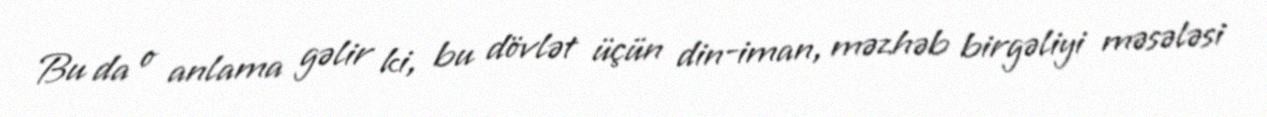
Bu da o anlama gəlir ki, bu dövlət üçün din-iman, məzhəb birgəliyi məsələsi